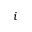
i